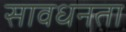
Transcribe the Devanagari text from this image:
सावधनता